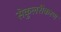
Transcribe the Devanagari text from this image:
सेकुलरीकरण